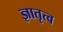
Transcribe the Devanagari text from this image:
ज्ञातृत्व